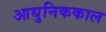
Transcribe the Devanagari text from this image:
आधुनिककाल